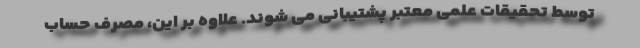
توسط تحقیقات علمی معتبر پشتیبانی می شوند. علاوه بر این، مصرف حساب